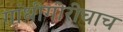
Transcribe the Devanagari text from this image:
गांधीगीरीचाच